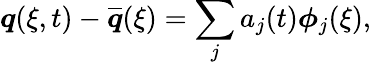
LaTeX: \boldsymbol{q}(\xi,t)-\overline{{\boldsymbol{q}}}(\xi)=\sum_{j}a_{j}(t)\boldsymbol{\phi}_{j}(\xi),